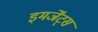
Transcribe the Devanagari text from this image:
इमर्जेंट्स